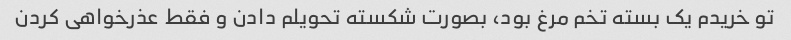
تو خریدم یک بسته تخم مرغ بود، بصورت شکسته تحویلم دادن و فقط عذرخواهی کردن